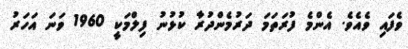
ވެފައި ވެއެވެ. އެންމެ ފުރަތަމަ ދަރުމެންދުރާ ކުޅުނު ފިލްމަކީ 1960 ވަނަ އަހަރު